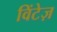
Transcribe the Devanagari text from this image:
विंटेज़